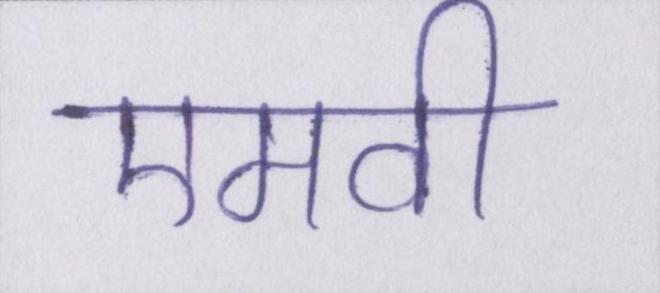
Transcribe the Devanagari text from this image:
एमवी